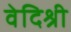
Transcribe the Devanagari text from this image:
वेदिश्री